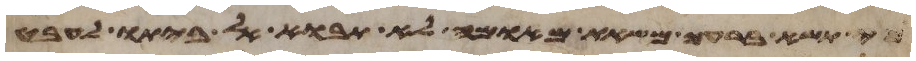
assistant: כי תשא ברעך משאת מאומה לא תבוא אל ביתו לעבט